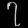
Digit: ၇